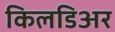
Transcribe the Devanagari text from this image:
किलडिअर